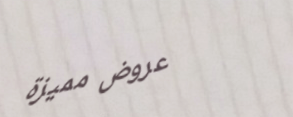
عروض مميزة